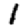
Digit: 1